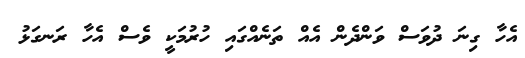
އެހާ ގިނަ ދުވަސް ވަންދެން އެއް ތަނެއްގައި ހުރުމަކީ ވެސް އެހާ ރަނގަޅު